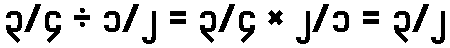
၃/၄ ÷ ၁/၂ = ၃/၄ × ၂/၁ = ၃/၂